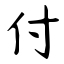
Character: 付